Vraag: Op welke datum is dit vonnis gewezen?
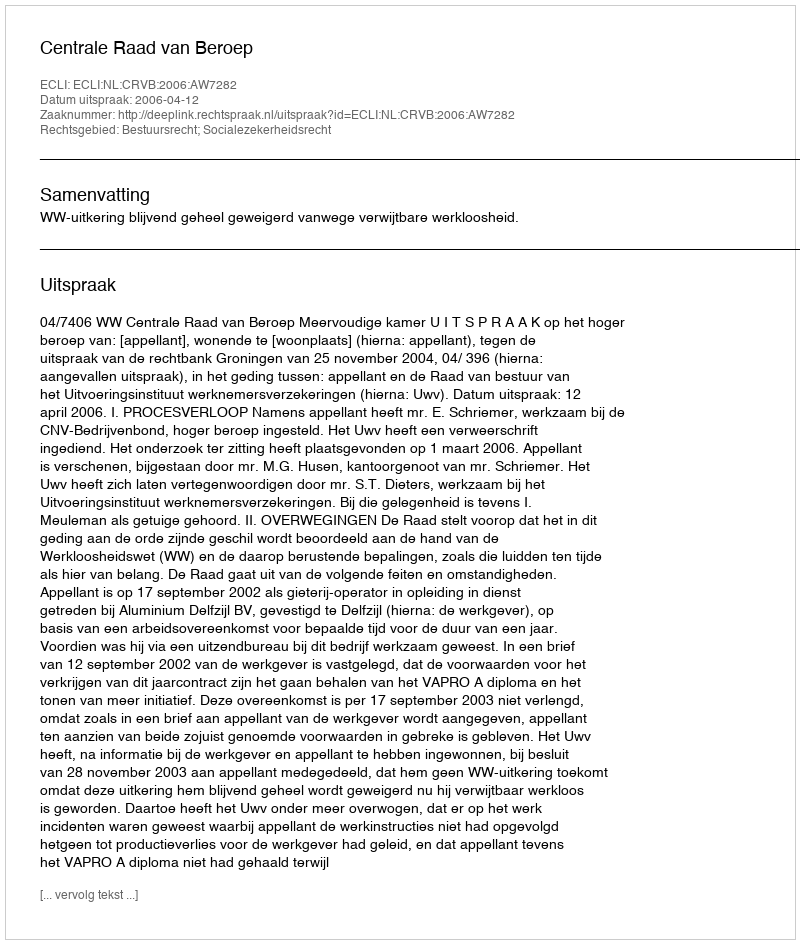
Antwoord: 2006-04-12